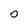
Character: D